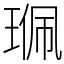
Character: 𤦍